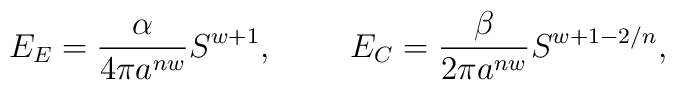
E_E={\alpha\over{4\pi a^{nw}}}S^{w+1}, \ \ \ \ \ \ \ E_C={\beta\over{2\pi a^{nw}}}S^{w+1-2/n},